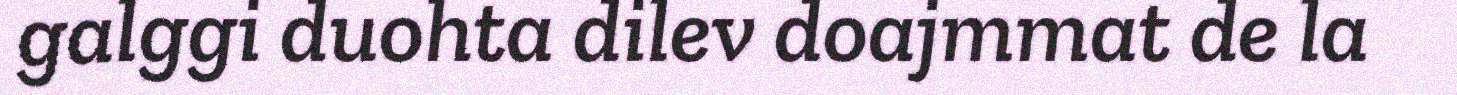
galggi duohta dilev doajmmat de la